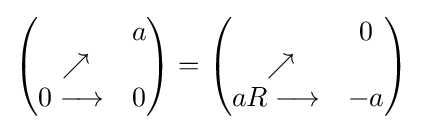
{\begin{pmatrix}\ \ &a\\\ \nearrow &\ \\0\longrightarrow &0\end{pmatrix}}={\begin{pmatrix}\ \ &0\\\ \nearrow &\ \\aR\longrightarrow &-a\end{pmatrix}}